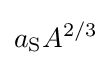
a_{\text{S}}A^{2/3}